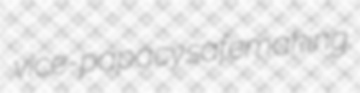
vice-papacy safemaking